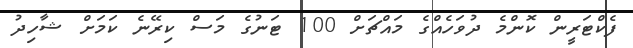
ފެކްޓަރީން ކޮންމެ ދުވަހެއްގެ މައްޗަށް 100 ޓަނުގެ މަސް ކިރޭނެ ކަމަށް ޝާހިދު